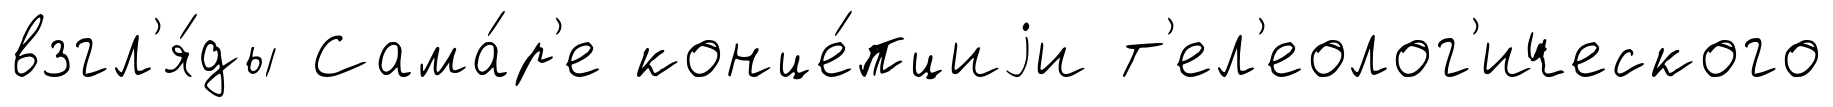
взгл'я́ды Сама́р'е конце́пциjи т'ел'еолог'ического